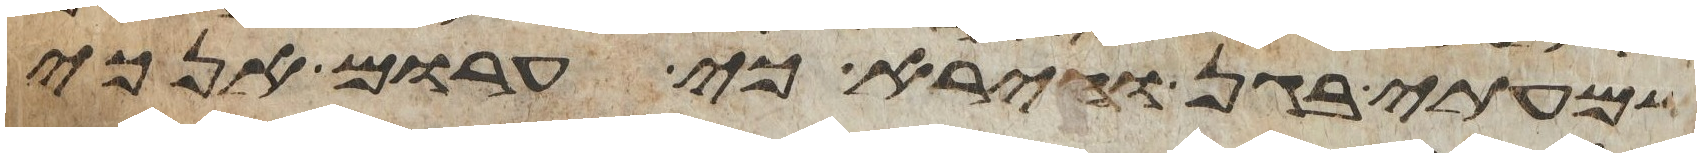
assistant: שמעתי בגן ואירא כי ערום אנכי